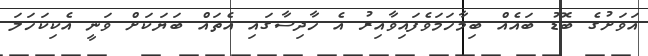
އަވަށުގެ ބޮޑު ބައެއް ބިމާހަމަވެފައިވާއިރު އެ ހާދިސާގައި އެތައް ބަޔަކަށް ވަނީ އެކިކަހަލަ